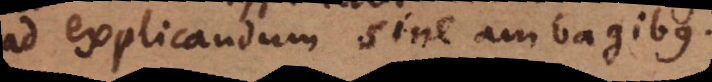
ad explicandum sine ambagibus.